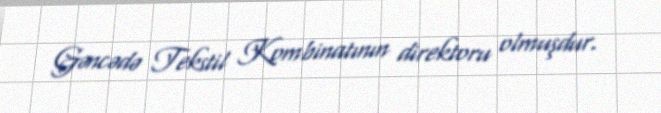
Gəncədə Tekstil Kombinatının direktoru olmuşdur.